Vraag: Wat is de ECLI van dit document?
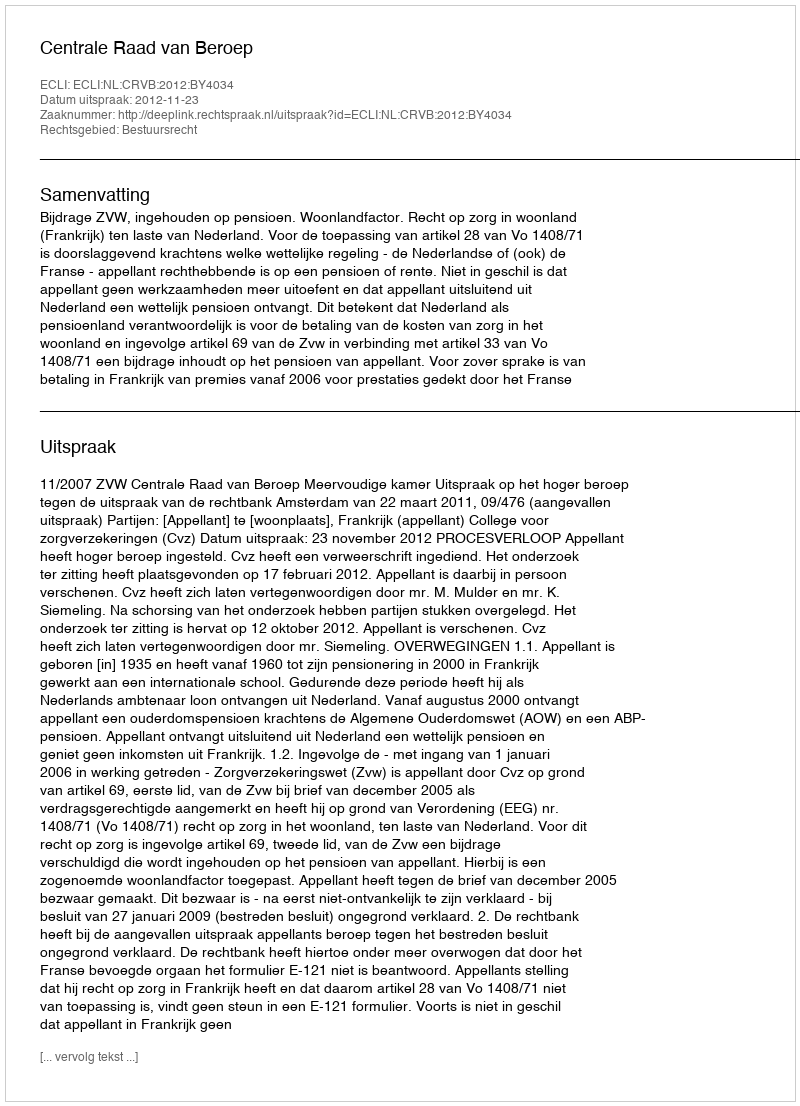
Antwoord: ECLI:NL:CRVB:2012:BY4034